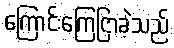
ကြောင်းကြေငြာခဲ့သည်